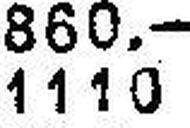
1110